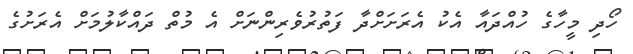
ހޯދި މީހާގެ ހުއްދައާ އެކު އެރަށަށްދާ ފަތުރުވެރިންނަށް އެ މުތް ދައްކާލުމަށް އެރަށުގެ